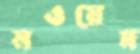
নওয়েদ